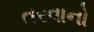
તરવાનો